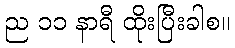
ည ၁၁ နာရီ ထိုးပြီးခါစ။